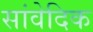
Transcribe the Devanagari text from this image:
सांवेदिक